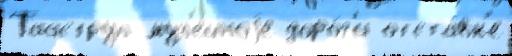
Тааструп муз'е́йноjе доро́г'и отста́вк'е